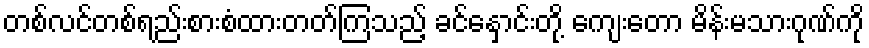
တစ်လင်တစ်ရည်းစားစံထားတတ်ကြသည့် ခင်နှောင်းတို့ ကျေးတော မိန်းမသားဂုဏ်ကို